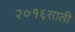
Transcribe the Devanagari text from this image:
२०१६साली